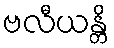
ဗလီယန္တိ